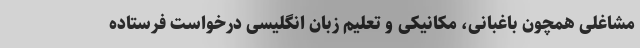
مشاغلی همچون باغبانی، مکانیکی و تعلیم زبان انگلیسی درخواست فرستاده